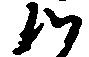
つ